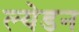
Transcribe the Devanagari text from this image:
ल्येडन